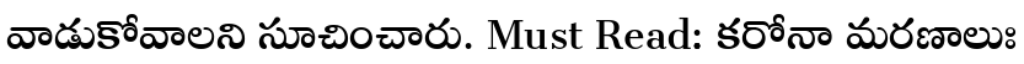
వాడుకోవాలని సూచించారు. Must Read: కరోనా మరణాలుః